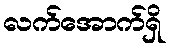
လက်အောက်ရှိ